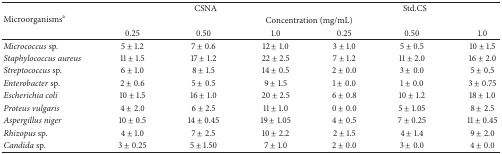
<table><thead><tr><td rowspan="3"><b>Microorganisms<sup>a</sup></b></td><td colspan="3"><b>CSNA</b></td><td colspan="3"><b>Std.CS</b></td></tr><tr><td colspan="6"><b>Concentration (mg/mL)</b></td></tr><tr><td><b>0.25</b></td><td><b>0.50</b></td><td><b>1.0</b></td><td><b>0.25</b></td><td><b>0.50</b></td><td><b>1.0</b></td></tr></thead><tbody><tr><td><i>Micrococcus </i>sp.</td><td>5 ± 1.2</td><td>7 ± 0.6</td><td>12 ± 1.0</td><td>3 ± 1.0</td><td>5 ± 0.5</td><td>10 ± 1.5</td></tr><tr><td><i>Staphylococcus aureus</i></td><td>11 ± 1.5</td><td>17 ± 1.2</td><td>22 ± 2.5</td><td>7 ± 1.2</td><td>11 ± 2.0</td><td>16 ± 2.0</td></tr><tr><td><i>Streptococcus </i>sp.</td><td>6 ± 1.0</td><td>8 ± 1.5</td><td>14 ± 0.5</td><td>2 ± 0.0</td><td>3 ± 0.0</td><td>5 ± 0.5</td></tr><tr><td><i>Enterobacter </i>sp.</td><td>2 ± 0.6</td><td>5 ± 0.5</td><td>9 ± 1.5</td><td>1 ± 0.0</td><td>1 ± 0.0</td><td>3 ± 0.75</td></tr><tr><td><i>Escherichia coli</i></td><td>10 ± 1.5</td><td>16 ± 1.0</td><td>20 ± 2.5</td><td>6 ± 0.8</td><td>10 ± 1.2</td><td>18 ± 1.0</td></tr><tr><td><i>Proteus vulgaris</i></td><td>4 ± 2.0</td><td>6 ± 2.5</td><td>11 ± 1.0</td><td>0 ± 0.0</td><td>5 ± 1.05</td><td>8 ± 2.5</td></tr><tr><td><i>Aspergillus niger</i></td><td>10 ± 0.5</td><td>14 ± 0.45</td><td>19 ± 1.05</td><td>4 ± 0.5</td><td>7 ± 0.25</td><td>11 ± 0.45</td></tr><tr><td><i>Rhizopus </i>sp.</td><td>4 ± 1.0</td><td>7 ± 2.5</td><td>10 ± 2.2</td><td>2 ± 1.5</td><td>4 ± 1.4</td><td>9 ± 2.0</td></tr><tr><td><i>Candida </i>sp.</td><td>3 ± 0.25</td><td>5 ± 1.50</td><td>7 ± 1.0</td><td>2 ± 0.0</td><td>3 ± 0.0</td><td>4 ± 0.0</td></tr></tbody></table>